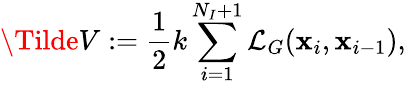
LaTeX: \Tilde{V}:=\frac{1}{2}k\sum_{i=1}^{N_{I}+1}\mathcal L_{G}(\mathbf x_{i},\mathbf x_{i-1}),